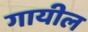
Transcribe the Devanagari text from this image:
गायील